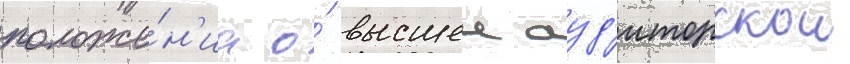
положе́н'иа о́ высшеи ауд'иторскои